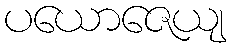
ပယောဇေယျ